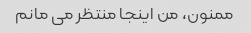
ممنون، من اینجا منتظر می مانم